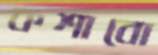
কশাবো